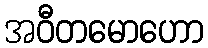
အဝီတမောဟော